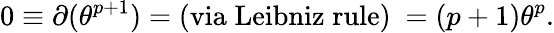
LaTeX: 0\equiv\partial(\theta^{p+1})=\mathrm{(via\; Leibniz\; rule)\ }=(p+1)\theta^{p}.